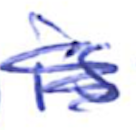
Text: is
Cross-out: scratch
Writing tool: ballpoint